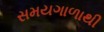
સમયગાળાથી